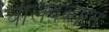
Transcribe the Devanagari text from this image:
चालवल्यास